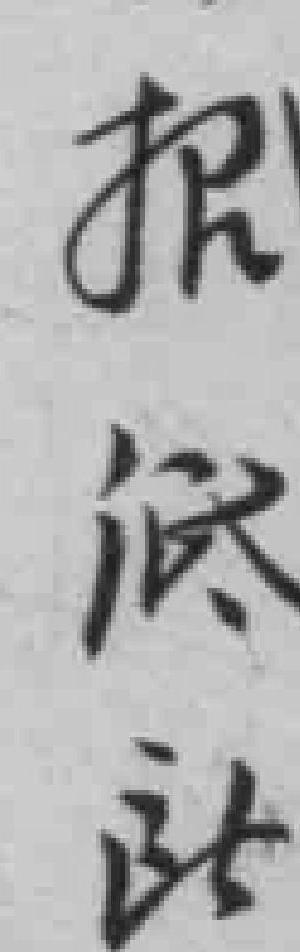
报诋*